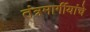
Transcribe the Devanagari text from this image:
तंत्रमार्गीयांचे